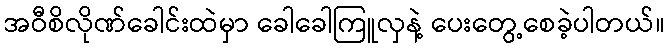
အဝီစိလိုဏ်ခေါင်းထဲမှာ ခေါခေါကြူလှနဲ့ ပေးတွေ့စေခဲ့ပါတယ်။